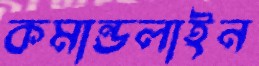
কমান্ডলাইন